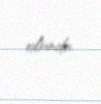
olundu.